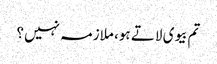
تم بیوی لاتے ہو، ملازمہ نہیں؟